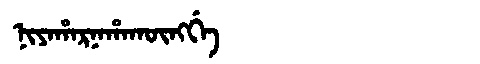
Manchu: ᠨᡳᠶᠠᡥᠠᡵᠨᠠᡥᠠᡴᡡᠩᡤᡝ
Romanization: NIYAHARNAHAKŪNGGE